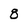
Character: 8